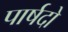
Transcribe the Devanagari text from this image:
पार्षदो